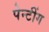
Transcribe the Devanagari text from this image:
पेन्टींग